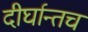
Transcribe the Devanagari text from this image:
दीर्घान्तच